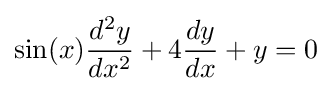
\sin(x){\frac {d^{2}y}{dx^{2}}}+4{\frac {dy}{dx}}+y=0